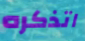
اتذكره